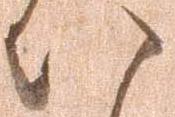
八